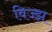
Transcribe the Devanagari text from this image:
विज्झ